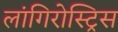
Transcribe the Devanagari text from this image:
लांगिरोस्ट्रिस